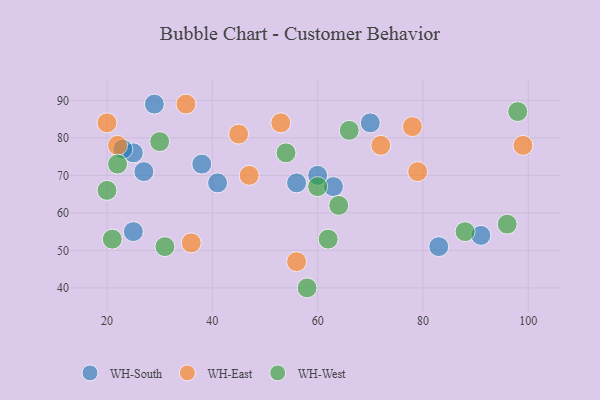
{"axis": {"x": "GDP", "y": "Life Expectancy"}, "legend": ["WH-East", "WH-South", "WH-West"], "data": [{"x": "91", "y": 54, "type": "WH-South"}, {"x": "56", "y": 68, "type": "WH-South"}, {"x": "63", "y": 67, "type": "WH-South"}, {"x": "25", "y": 76, "type": "WH-South"}, {"x": "27", "y": 71, "type": "WH-South"}, {"x": "60", "y": 70, "type": "WH-South"}, {"x": "38", "y": 73, "type": "WH-South"}, {"x": "83", "y": 51, "type": "WH-South"}, {"x": "25", "y": 55, "type": "WH-South"}, {"x": "29", "y": 89, "type": "WH-South"}, {"x": "41", "y": 68, "type": "WH-South"}, {"x": "70", "y": 84, "type": "WH-South"}, {"x": "23", "y": 77, "type": "WH-South"}, {"x": "47", "y": 70, "type": "WH-East"}, {"x": "99", "y": 78, "type": "WH-East"}, {"x": "79", "y": 71, "type": "WH-East"}, {"x": "36", "y": 52, "type": "WH-East"}, {"x": "22", "y": 78, "type": "WH-East"}, {"x": "20", "y": 84, "type": "WH-East"}, {"x": "35", "y": 89, "type": "WH-East"}, {"x": "72", "y": 78, "type": "WH-East"}, {"x": "45", "y": 81, "type": "WH-East"}, {"x": "78", "y": 83, "type": "WH-East"}, {"x": "53", "y": 84, "type": "WH-East"}, {"x": "56", "y": 47, "type": "WH-East"}, {"x": "66", "y": 82, "type": "WH-West"}, {"x": "31", "y": 51, "type": "WH-West"}, {"x": "96", "y": 57, "type": "WH-West"}, {"x": "88", "y": 55, "type": "WH-West"}, {"x": "60", "y": 67, "type": "WH-West"}, {"x": "54", "y": 76, "type": "WH-West"}, {"x": "62", "y": 53, "type": "WH-West"}, {"x": "64", "y": 62, "type": "WH-West"}, {"x": "20", "y": 66, "type": "WH-West"}, {"x": "21", "y": 53, "type": "WH-West"}, {"x": "30", "y": 79, "type": "WH-West"}, {"x": "58", "y": 40, "type": "WH-West"}, {"x": "22", "y": 73, "type": "WH-West"}, {"x": "98", "y": 87, "type": "WH-West"}]}